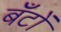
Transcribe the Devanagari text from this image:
बँटों